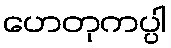
ဟေတုကပ္ပါ